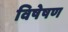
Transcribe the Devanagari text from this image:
विषेषण